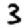
Digit: 3